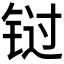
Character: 𰽾